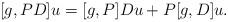
LaTeX: \begin{align*}[g,PD] u = [g,P] Du + P [g,D]u.\end{align*}